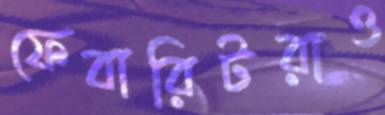
ফেবারিটরাও